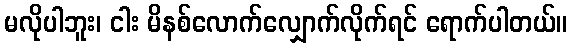
မလိုပါဘူး၊ ငါး မိနစ်လောက်လျှောက်လိုက်ရင် ရောက်ပါတယ်။